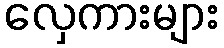
လှေကားများ